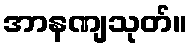
အာနဏျသုတ်။